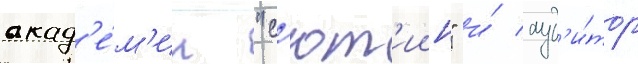
акад'е́м'ии "с'ют'иин" и́ ауд'и́тор